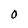
Character: O